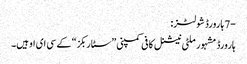
-7 ہارورڈ شولٹز:
ہارورڈ مشہور ملٹی نیشنل کافی کمپنی ”سٹاربکز“ کے سی ای او ہیں۔